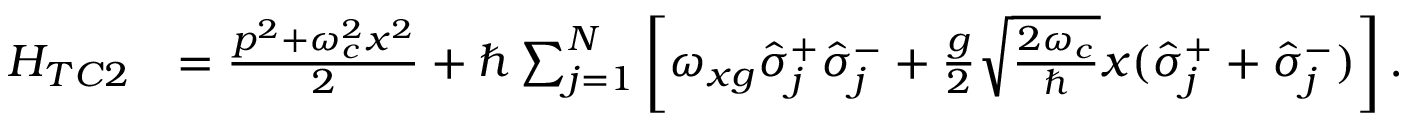
\begin{array} { r l } { H _ { T C 2 } } & { = \frac { p ^ { 2 } + \omega _ { c } ^ { 2 } x ^ { 2 } } { 2 } + \hbar \sum _ { j = 1 } ^ { N } \left[ \omega _ { x g } \hat { \sigma } _ { j } ^ { + } \hat { \sigma } _ { j } ^ { - } + \frac { g } { 2 } \sqrt { \frac { 2 \omega _ { c } } { \hbar } } x ( \hat { \sigma } _ { j } ^ { + } + \hat { \sigma } _ { j } ^ { - } ) \right] . } \end{array}